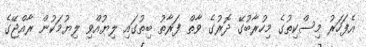
އެފަހަރު މިސްކިތުގެ މިހުރާބުގޭ ދޮރުގެ ވާތް ފަރާތު ބިތުގައި ލިޔުއްވި ލިޔުމަކުން ރާއްޖޭގެ